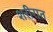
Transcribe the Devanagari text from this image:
शरीरात